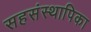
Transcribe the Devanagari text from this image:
सहसंस्थापिका